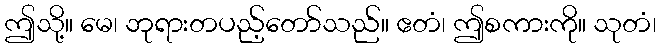
ဤသို့။ မေ၊ ဘုရားတပည့်တော်သည်။ ဧတံ၊ ဤစကားကို။ သုတံ၊